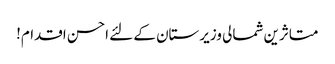
متاثرین شمالی وزیرستان کے لئے احسن اقدام!